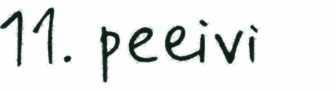
11. peeivi